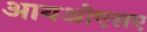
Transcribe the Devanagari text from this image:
आयओएसए